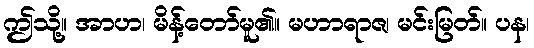
ဤသို့။ အာဟ၊ မိန့်တော်မူ၏။ မဟာရာဇ၊ မင်းမြတ်။ ပန၊